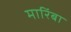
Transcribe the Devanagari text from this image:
मारिंबा